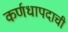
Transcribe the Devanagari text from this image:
कर्णधापदाची